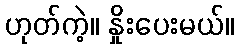
ဟုတ်ကဲ့။ နှိုးပေးမယ်။